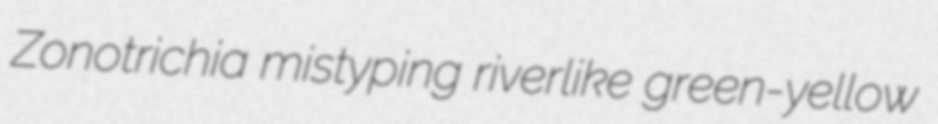
Zonotrichia mistyping riverlike green-yellow